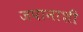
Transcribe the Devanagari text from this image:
जपानाशी